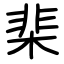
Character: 棐